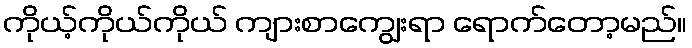
ကိုယ့်ကိုယ်ကိုယ် ကျားစာကျွေးရာ ရောက်တော့မည်။